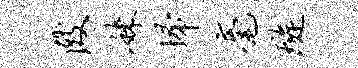
陂妹埽毫璇